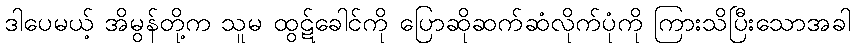
ဒါပေမယ့် အိမွန်တို့က သူမ ထွဋ်ခေါင်ကို ပြောဆိုဆက်ဆံလိုက်ပုံကို ကြားသိပြီးသောအခါ